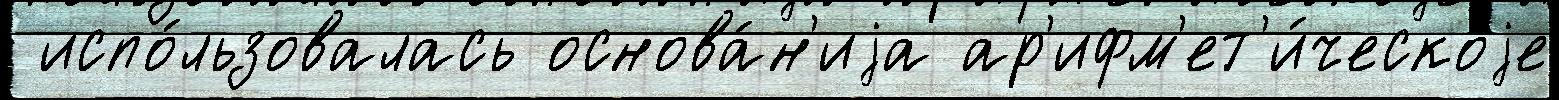
 испо́льзовалась основа́н'иjа ар'ифм'ет'и́ческоjе